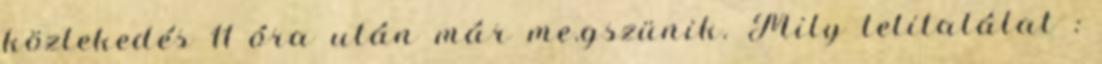
közlekedés 11 óra után már me.gszünik. Mily telitalálat :